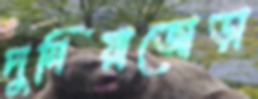
দুনিয়াজোড়া